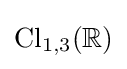
\mathrm {Cl} _{1,3}(\mathbb {R} )